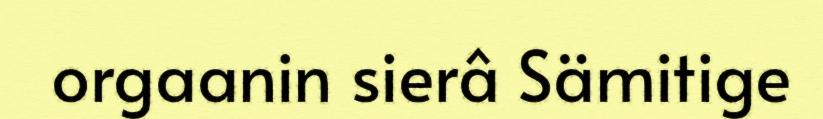
orgaanin sierâ Sämitige